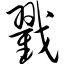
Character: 戳